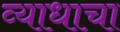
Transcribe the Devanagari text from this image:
व्याधाचा